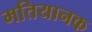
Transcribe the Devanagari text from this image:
मतियानक